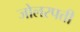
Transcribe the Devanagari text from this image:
जोलरपत्ती